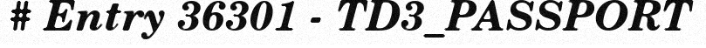
# Entry 36301 - TD3_PASSPORT